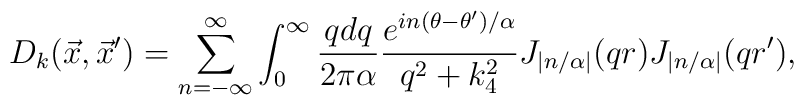
D_k ({\vec x},{\vec x'}) = \sum_{n=-\infty}^\infty\int_0^\infty {q dq\over 2\pi\alpha} {e^{in(\theta-\theta')/\alpha}\over q^2+ k_4^2} J_{\left|n/ \alpha \right|}(q r) J_{\left|n/ \alpha \right|}(q r'),